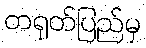
တရုတ်ပြည်မှ